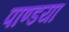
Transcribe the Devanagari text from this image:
पाण्डया